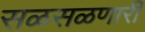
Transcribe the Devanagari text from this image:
सळसळणारी